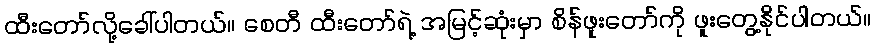
ထီးတော်လို့ခေါ်ပါတယ်။ စေတီ ထီးတော်ရဲ့ အမြင့်ဆုံးမှာ စိန်ဖူးတော်ကို ဖူးတွေ့နိုင်ပါတယ်။